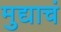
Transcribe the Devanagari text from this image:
मुद्याचं